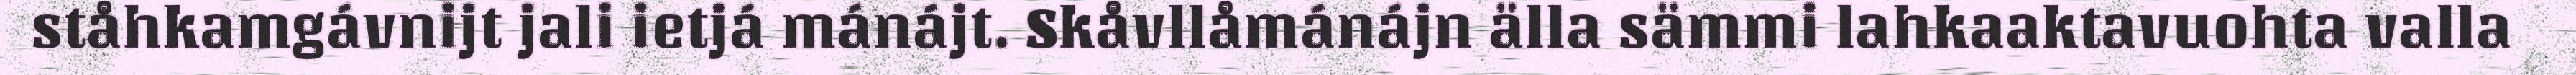
ståhkamgávnijt jali ietjá mánájt. Skåvllåmánájn älla sämmi lahkaaktavuohta valla